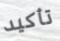
تأكيد